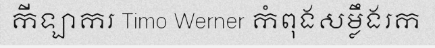
កីឡាករ Timo Werner កំពុងសម្លឹងរក